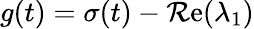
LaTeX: g(t)=\sigma(t)-\operatorname{\mathcal{R}e}(\lambda_{1})